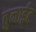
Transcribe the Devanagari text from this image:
तुनाईट